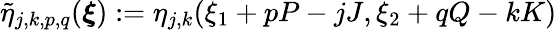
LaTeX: \tilde{\eta}_{j,k,p,q}(\boldsymbol{\xi}):=\eta_{j,k}(\xi_{1}+pP-jJ,\xi_{2}+qQ-kK)